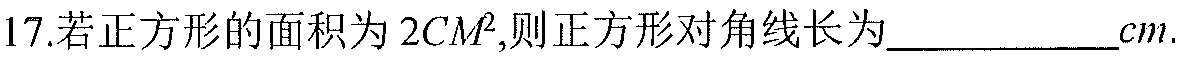
17.若正方形的面积为\(2\mathrm{cm}^{2}\),则正方形对角线长为____________\(cm\).